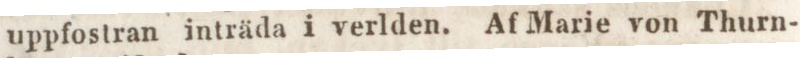
uppfostran inträda i verlden. Af Marie von Thurn-